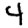
Digit: 4